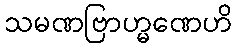
သမဏဗြာဟ္မဏေဟိ